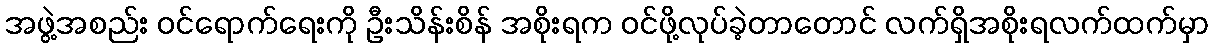
အဖွဲ့အစည်း ဝင်ရောက်ရေးကို ဦးသိန်းစိန် အစိုးရက ဝင်ဖို့လုပ်ခဲ့တာတောင် လက်ရှိအစိုးရလက်ထက်မှာ